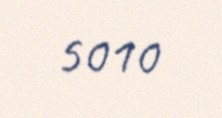
5010